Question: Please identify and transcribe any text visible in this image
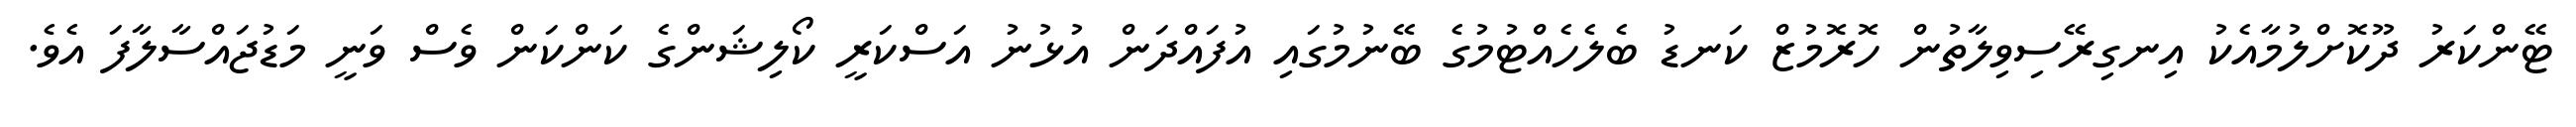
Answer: ޓޭންކަރު ދޫކޮށްލުމާއެކު އިނގިރޭސިވިލާތުން ހޮރޮމުޒް ކަނޑު ބެލެހެއްޓުމުގެ ބޭނުމުގައި އުފައްދަން އުޅުނު އަސްކަރީ ކޯލިޝަންގެ ކަންކަން ވެސް ވަނީ މަޑުޖައްސާލާފަ އެވެ.